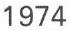
1974